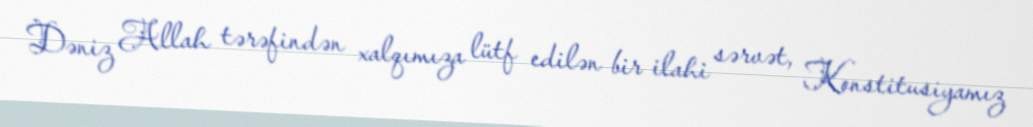
Dəniz Allah tərəfindən xalqımıza lütf edilən bir ilahi sərvət, Konstitusiyamız